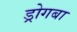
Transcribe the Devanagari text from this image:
ड्रोगबा